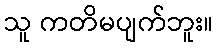
သူ ကတိမပျက်ဘူး။